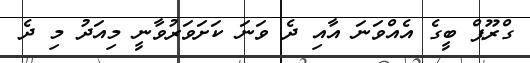
ގްރޫޕް ބީގެ އެއްވަނަ އާއި ދެ ވަނަ ކަށަވަރުވާނީ މިއަދު މި ދެ